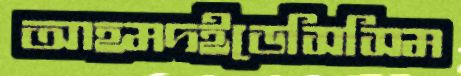
আহমদইডেসিসিম